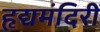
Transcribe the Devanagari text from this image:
हृद्यमंदिरीं